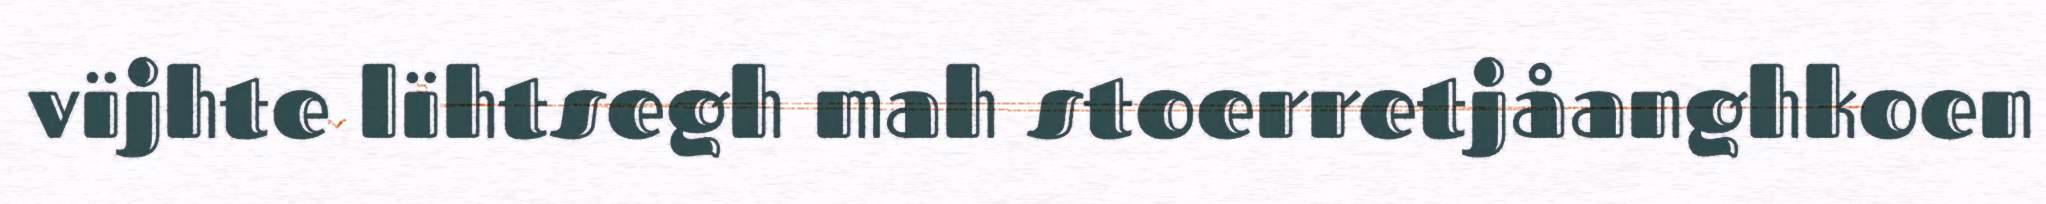
vïjhte lïhtsegh mah stoerretjåanghkoen